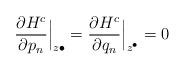
LaTeX: \begin{align*}\frac{\partial H^c}{\partial p_n}\Big|_{z\bullet}=\frac{\partial H^c}{\partial q_n}\Big|_{z^\bullet}=0\end{align*}